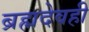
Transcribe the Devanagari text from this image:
ब्रह्मदेवही